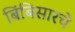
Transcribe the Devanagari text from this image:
बिंबिसारचे